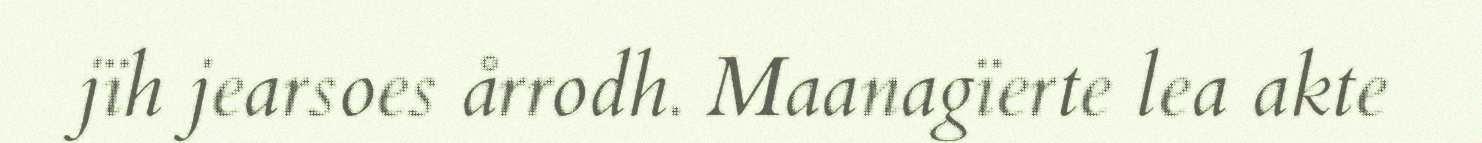
jïh jearsoes årrodh. Maanagïerte lea akte